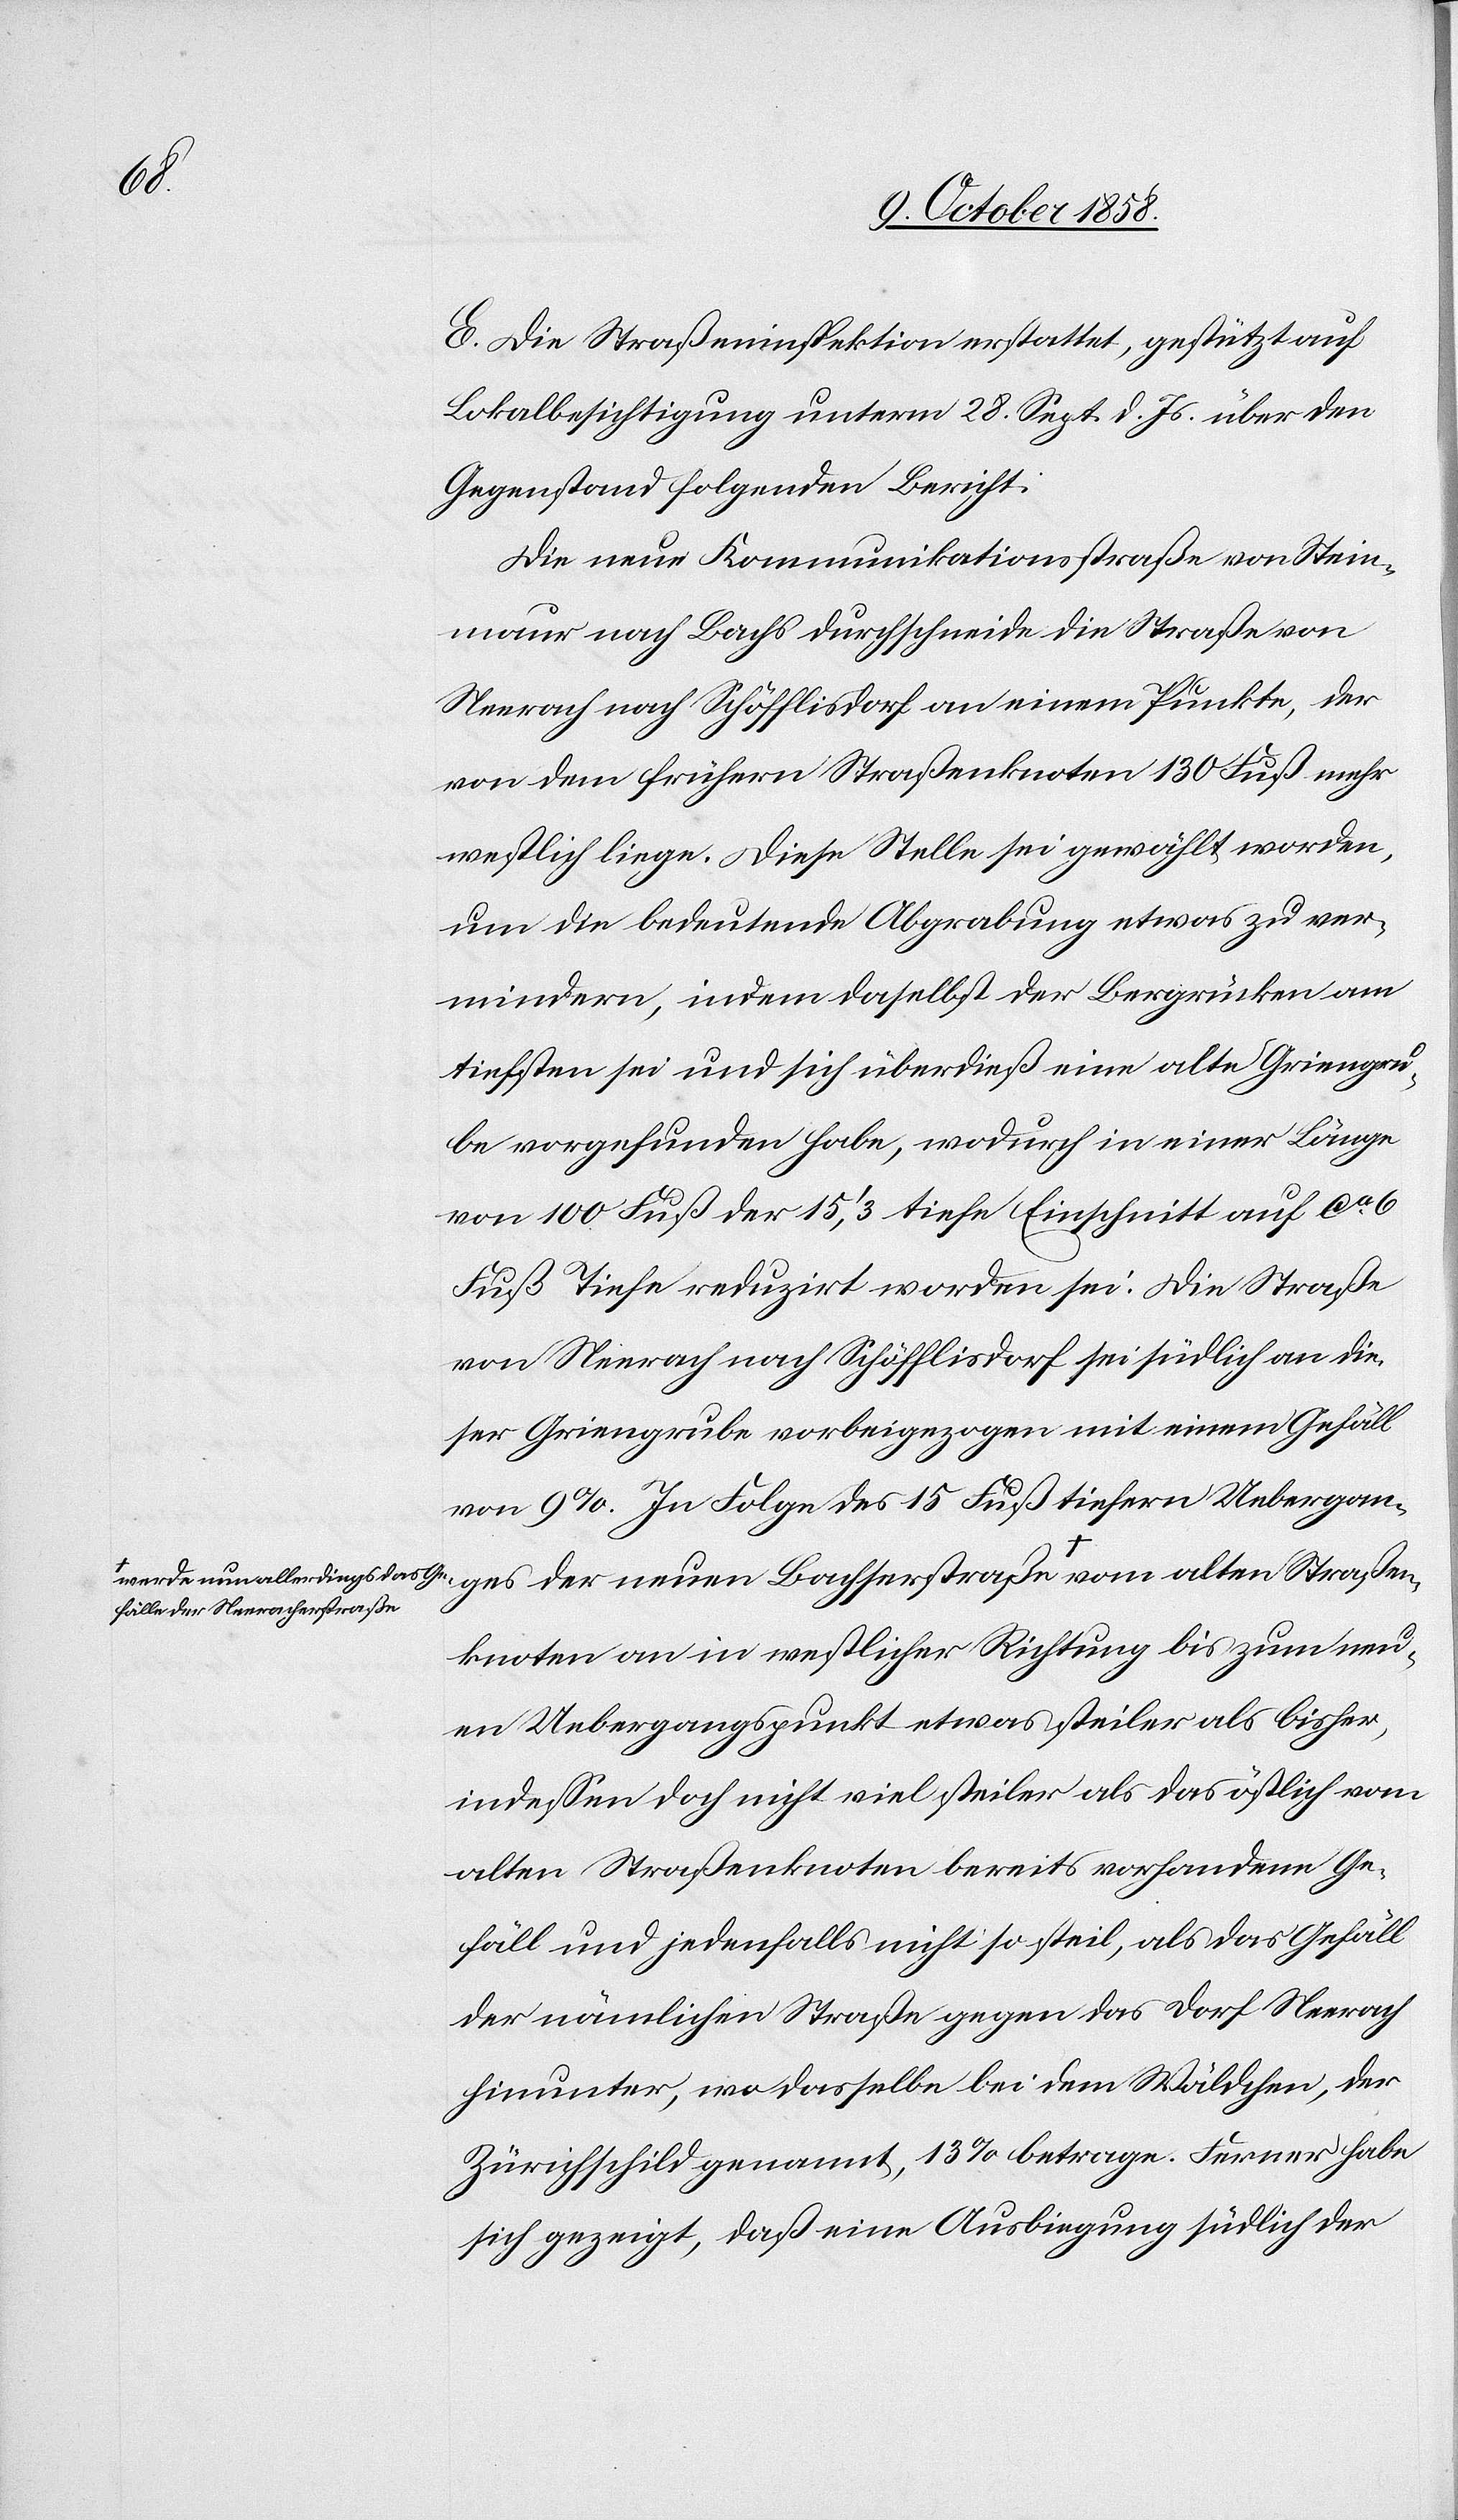
aßen¬

E. Die Straßeninspektion erstattet, gestützt auf
Lokalbesichtigung unterm 28. Sept. d. Js. über den
Gegenstand folgenden Bericht:
Die neue Kommunikationsstraße von Stein¬
maur nach Bachs durchschneide die Straße von
Neerach nach Schöfflisdorf an einem Punkte, der
von dem frühern Straßenknoten 130 Fuß mehr
westlich liege. Diese Stelle sei gewählt worden,
um die bedeutende Abgrabung etwas zu ver¬
mindern, indem daselbst der Bergrücken am
tiefsten sei und sich überdieß eine alte Griengru¬
be vorgefunden habe, wodurch in einer Länge
von 100 Fuß der 15‘,3 tiefe Einschnitt auf ca. 6
Fuß Tiefe reduzirt worden sei. Die Straße
von Neerach nach Schöfflisdorf sei südlich an die¬
ser Griengrube vorbeigezogen mit einem Gefäll
von 9%. In Folge des 15 Fuß tiefern Uebergan¬
fälle der Neeracherstraße-a
knoten an in westlicher Richtung bis zum neu¬
en Uebergangspunkt etwas steiler als bisher,
indessen doch nicht viel steiler als das östlich vom
alten Straßenknoten bereits vorhandene Ge¬
fäll und jedenfalls nicht so steil, als das Gefäll
der nämlichen Straße gegen das Dorf Neerach
hinunter, wo dasselbe bei dem Wäldchen, der
Zürichschild genannt, 13% betrage. Ferner habe
sich gezeigt, daß eine Ausbiegung südlich der